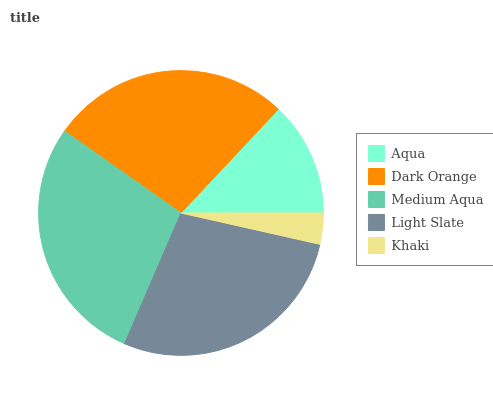
| Aqua | Dark Orange | Medium Aqua | Light Slate | Khaki |
 | --- | --- | --- | --- | --- |
 | 13% | 27.2% | 28.3% | 28% | 3.53% |